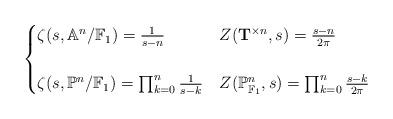
LaTeX: \begin{align*}\begin{cases}\zeta(s,\mathbb{A}^n/\mathbb{F}_1) = \frac{1}{s-n} & Z(\mathbf{T}^{\times n},s) = \frac{s-n}{2 \pi} \\ \\ \zeta(s,\mathbb{P}^n/\mathbb{F}_1) = \prod_{k=0}^n \frac{1}{s-k} & Z(\mathbb{P}^n_{\mathbb{F}_1},s) = \prod_{k=0}^n \frac{s-k}{2 \pi}\end{cases} \end{align*}